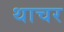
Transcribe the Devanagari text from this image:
थाचर